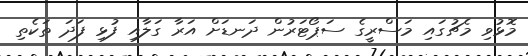
މޮޅުވި މެޗުގައި މަސްރީގެ ސަޕޯޓަރުން ދަނޑަށް އަރާ ގަލާއި ފުޅި ފަދަ ތަކެތި